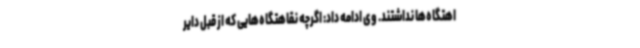
اهتگاه‌ها نداشتند. وی ادامه داد: اگرچه نقاهتگاه‌هایی که از قبل دایر